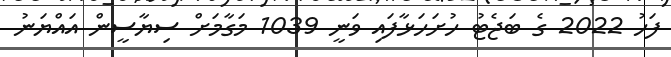
ފަހު 2022 ގެ ބަޖެޓު ހުށަހަޅާފައި ވަނީ 1039 މަގާމަށް ސިޔާސީން އައްޔަނު